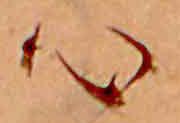
心